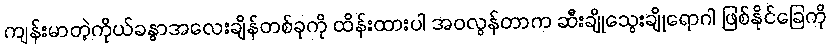
ကျန်းမာတဲ့ကိုယ်ခန္ဓာအလေးချိန်တစ်ခုကို ထိန်းထားပါ အဝလွန်တာက ဆီးချိုသွေးချိုရောဂါ ဖြစ်နိုင်ခြေကို